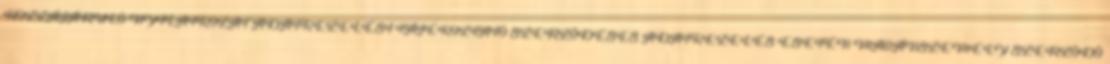
HOZZÁJÁRULÓ NYILATKOZAT ADATKEZELÉSI TÁJÉKOZTATÓ SZERZŐDÉSES ADATKEZELÉS ESETÉN MAGÁNSZEMÉLY SZERZŐDŐ